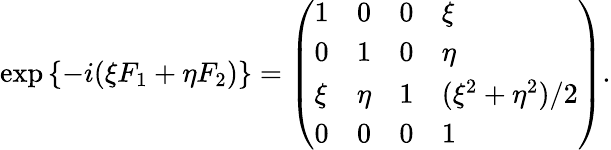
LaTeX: \exp{\left\{ -i(\xi F_{1}+\eta F_{2})\right\} }=\left(\begin{array}{llll}{{1}}&{{0}}&{{0}}&{{\xi}}\\ {{0}}&{{1}}&{{0}}&{{\eta}}\\ {{\xi}}&{{\eta}}&{{1}}&{{(\xi^{2}+\eta^{2})/2}}\\ {{0}}&{{0}}&{{0}}&{{1}}\end{array}\right).